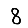
Digit: 8